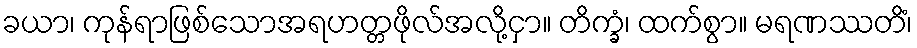
ခယာ၊ ကုန်ရာဖြစ်သောအရဟတ္တဖိုလ်အလို့ငှာ။ တိက္ခံ၊ ထက်စွာ။ မရဏဿတိံ၊